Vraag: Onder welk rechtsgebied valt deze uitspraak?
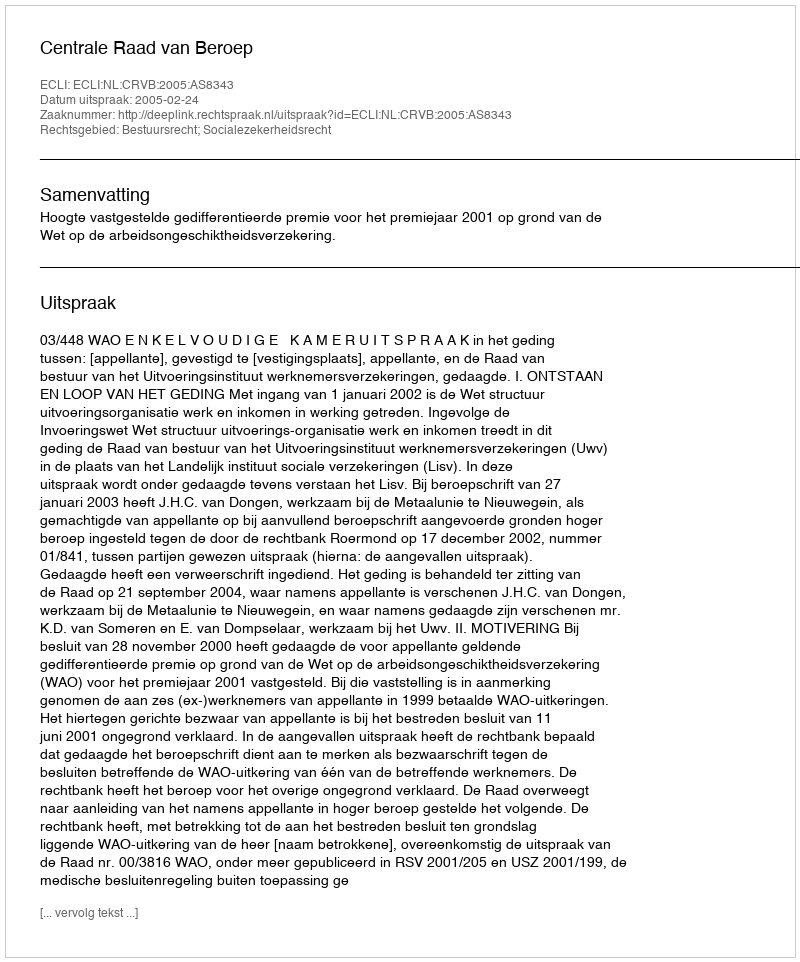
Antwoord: Bestuursrecht; Socialezekerheidsrecht